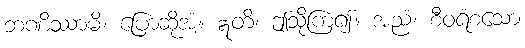
ဘဏိဿာမိ၊ ပြောဆိုအံ့။ ဣတိ၊ ဤသို့ကြံ၍။ အညံ၊ စီဝရံစသော